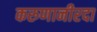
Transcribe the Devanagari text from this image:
करुणानीरदा